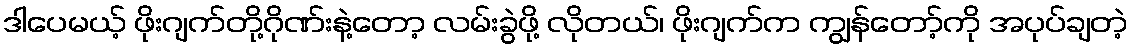
ဒါပေမယ့် ဖိုးဂျက်တို့ဂိုဏ်းနဲ့တော့ လမ်းခွဲဖို့ လိုတယ်၊ ဖိုးဂျက်က ကျွန်တော့်ကို အပုပ်ချတဲ့